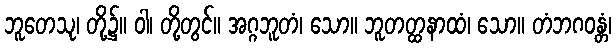
ဘူတေသု၊ တို့၌။ ဝါ၊ တို့တွင်။ အဂ္ဂဘူတံ၊ သော။ ဘူတတ္ထနာထံ၊ သော။ တံဘဂဝန္တံ၊